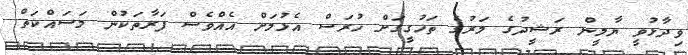
ވިދާޅުވީ ޔާމީން ރަޝީދުގެ މަރުގެ ތަހުގީގަށް ހުރަސް އެޅުމަށް އެއްވެސް ފަރާތަކުން މަސައްކަތް